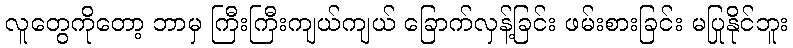
လူတွေကိုတော့ ဘာမှ ကြီးကြီးကျယ်ကျယ် ခြောက်လှန့်ခြင်း ဖမ်းစားခြင်း မပြုနိုင်ဘူး